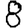
Digit: 8